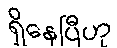
ရှိနေပြီဟု